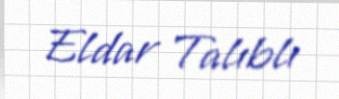
Eldar Talıblı